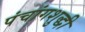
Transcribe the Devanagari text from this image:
पंचांगशुद्धी